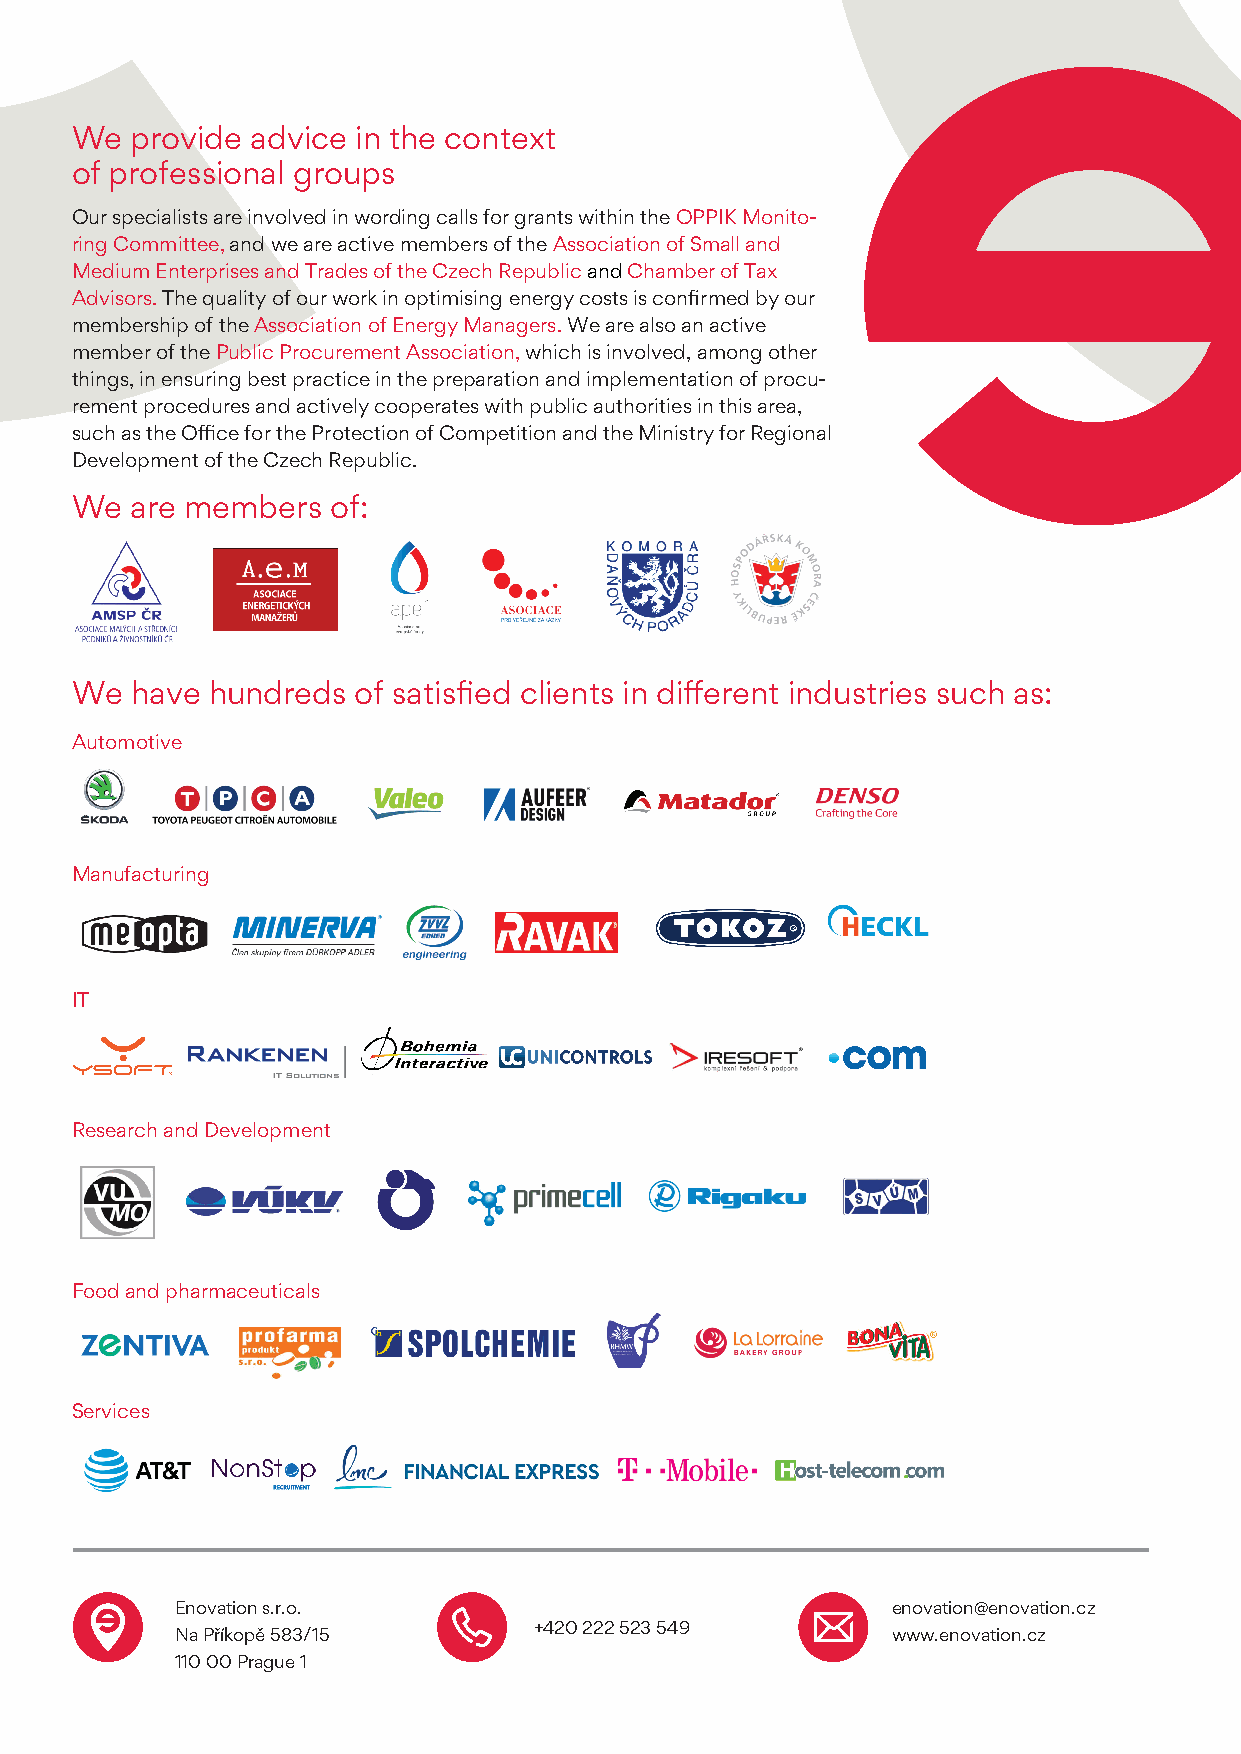
We  provide advice in the context
 of professional groups
 Our specialists are involved in wording calls for grants within the OPPIK Monito-
 ring Committee, and we are active members of the Association of Small and
 Medium Enterprises and Trades of the Czech Republic and Chamber of Tax
 Advisors. The quality of our work in optimising energy costs is confirmed by our
 membership of the Association of Energy Managers. We are also an active
 member of the Public Procurement Association, which is involved, among other
 things, in ensuring best practice in the preparation and implementation of procu-
 rement procedures and actively cooperates with public authorities in this area,
 such as the Office for the Protection of Competition and the Ministry for Regional
 Development of the Czech Republic.
 We  are members  of:
 We  have hundreds of satisfied clients in different industries such as:
 Automotive
 Manufacturing
 IT
 Research and Development
 Food and pharmaceuticals
 Services
 Enovation s.r.o.                               enovation@enovation.cz
 +420 222 523 549
 Na Příkopě 583/15                              www.enovation.cz
 110 00 Prague 1